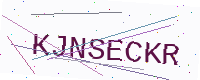
Text: KJNSECKR